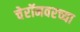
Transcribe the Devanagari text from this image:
चेरॉनवरच्या